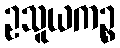
ဥသူယကဉ္စ